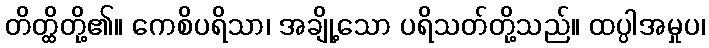
တိတ္ထိတို့၏။ ကေစိပရိသာ၊ အချို့သော ပရိသတ်တို့သည်။ ထပ္ပါအမှုပ၊